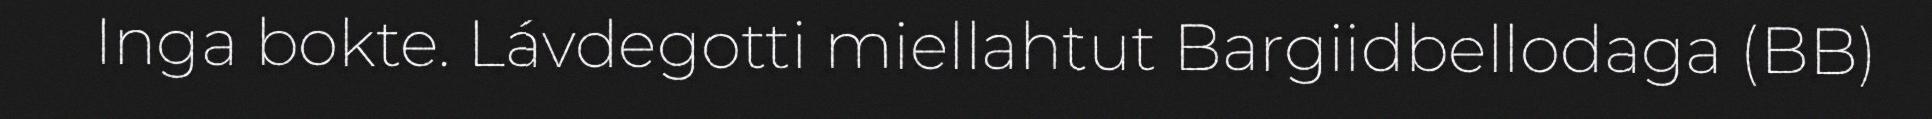
Inga bokte. Lávdegotti miellahtut Bargiidbellodaga (BB)